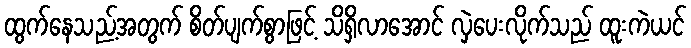
ထွက်နေသည့်အတွက် စိတ်ပျက်စွာဖြင့် သိရှိလာအောင် လှဲပေးလိုက်သည် ထူးကဲယင်